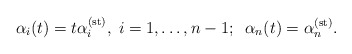
\begin{align*}\alpha_{i}(t)=t\alpha_{i}^{({\rm st})},\;i=1,\ldots,n-1;\;\;\alpha_{n}(t)=\alpha_{n}^{({\rm st})}.\end{align*}